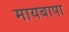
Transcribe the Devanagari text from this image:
मायबापा